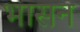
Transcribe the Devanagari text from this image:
भासन